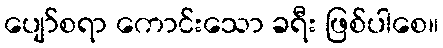
ပျော်စရာ ကောင်းသော ခရီး ဖြစ်ပါစေ။